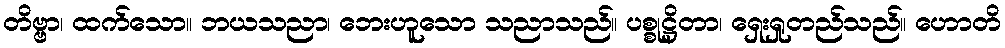
တိဗ္ဗာ၊ ထက်သော။ ဘယသညာ၊ ဘေးဟူသော သညာသည်။ ပစ္စုဋ္ဌိတာ၊ ရှေးရှုတည်သည်။ ဟောတိ